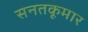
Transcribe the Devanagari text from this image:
सनतकूमार